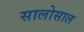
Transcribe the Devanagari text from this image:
सालोसाल